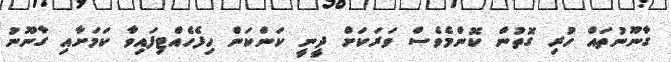
ގާނޫނުތައް ހުރި ގޮތުން ކޮންމެވެސް ވަރަކަށް ދީނީ ކަންކަން ހިފެހެއްޓިފައިވާ ކަމަށާއި ގާނޫނު